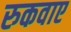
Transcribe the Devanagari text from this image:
रुकवाए